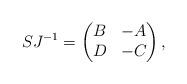
LaTeX: \begin{align*}S J^{-1} =\begin{pmatrix}B & -A\\D & -C\end{pmatrix},\end{align*}